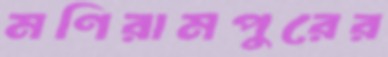
মণিরামপুরের